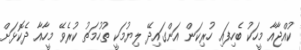
ކުއްޖާއާ މީހަކު ބެހިފައި ހުރިކަން އަންގައިދޭ ލިޔުމަކީ ތުހުމަތު ކުރެވޭ މީހާއާ ދެކޮޅަށް